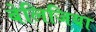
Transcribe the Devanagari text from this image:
बेलिजिया